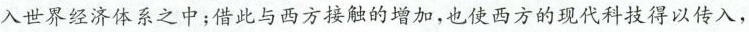
入世界经济体系之中；借此与西方接触的增加，也使西方的现代科技得以传入，